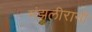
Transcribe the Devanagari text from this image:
मंझलीरानी